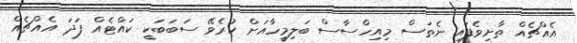
އެއްޗެއް ތާށިވެފައި ނެތަސް މިއިހްސާސް ބަލިމީހާއަށް ކުރެވޭ ސަބަބަކީ ކައްޓެއް ފަދަ އެއްޗެއް